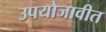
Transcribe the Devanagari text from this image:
उपयोजावीत